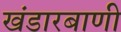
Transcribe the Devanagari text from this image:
खंडारबाणी